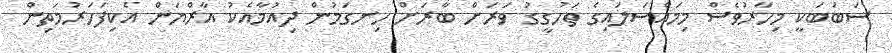
ސަބަބަކީ މިހާރުވެސް މިމައްސަލައިގެ ތަހުގީގު ވަރަށް ބާރަށް ހިނގަމުން ދިއުމާއެކު އާރްޔަން އެކިފަހަރުމަތިން